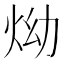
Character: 㶭